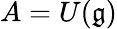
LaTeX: A=U({\mathfrak{g}})